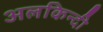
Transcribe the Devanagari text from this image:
अलकिन्दी